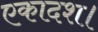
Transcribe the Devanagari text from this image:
एकादश।